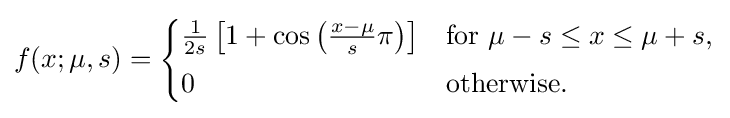
f(x;\mu ,s)={\begin{cases}{\frac {1}{2s}}\left[1+\cos \left({\frac {x-\mu }{s}}\pi \right)\right]&{\text{for }}\mu -s\leq x\leq \mu +s,\\[3pt]0&{\text{otherwise.}}\end{cases}}